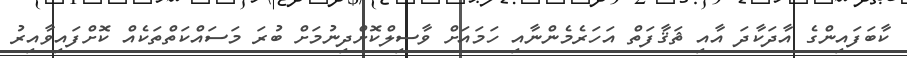
ކާބަފައިންގެ އާދަކާދަ އާއި ޘަޤާފަތް އަހަރެމެންނާއި ހަމައަށް ވާސިލްކޮށްދިނުމަށް ބުރަ މަސައްކަތްތަކެއް ކޮށްފައިވާއިރު